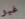
غير